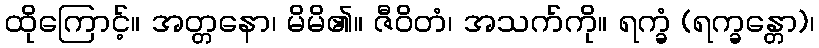
ထိုကြောင့်။ အတ္တနော၊ မိမိ၏။ ဇီဝိတံ၊ အသက်ကို။ ရက္ခံ (ရက္ခန္တော)၊